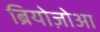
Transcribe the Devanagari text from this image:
ब्रियोज़ोआ